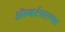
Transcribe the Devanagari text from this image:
अॅल्बर्टसारखा